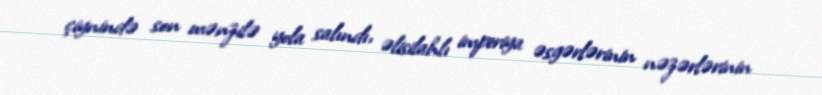
çiynində son mənzilə yola salındı, əlisilahlı imperiya əsgərlərinin nəzərlərinin